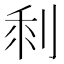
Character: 𠜫